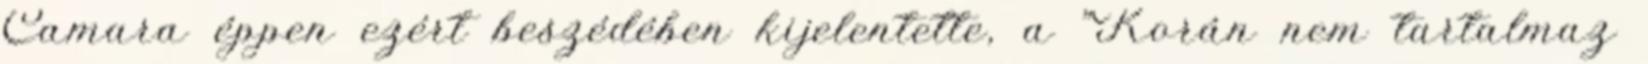
Camara éppen ezért beszédében kijelentette, a "Korán nem tartalmaz